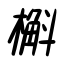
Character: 槲